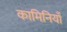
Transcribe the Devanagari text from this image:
कामिनियाँ